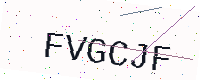
Text: FVGCJF